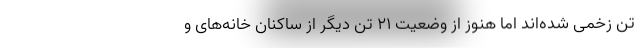
تن زخمی شده‌اند اما هنوز از وضعیت ۲۱ تن دیگر از ساکنان خانه‌های و